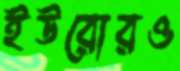
ইউরোরও